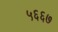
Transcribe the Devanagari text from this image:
५६६७